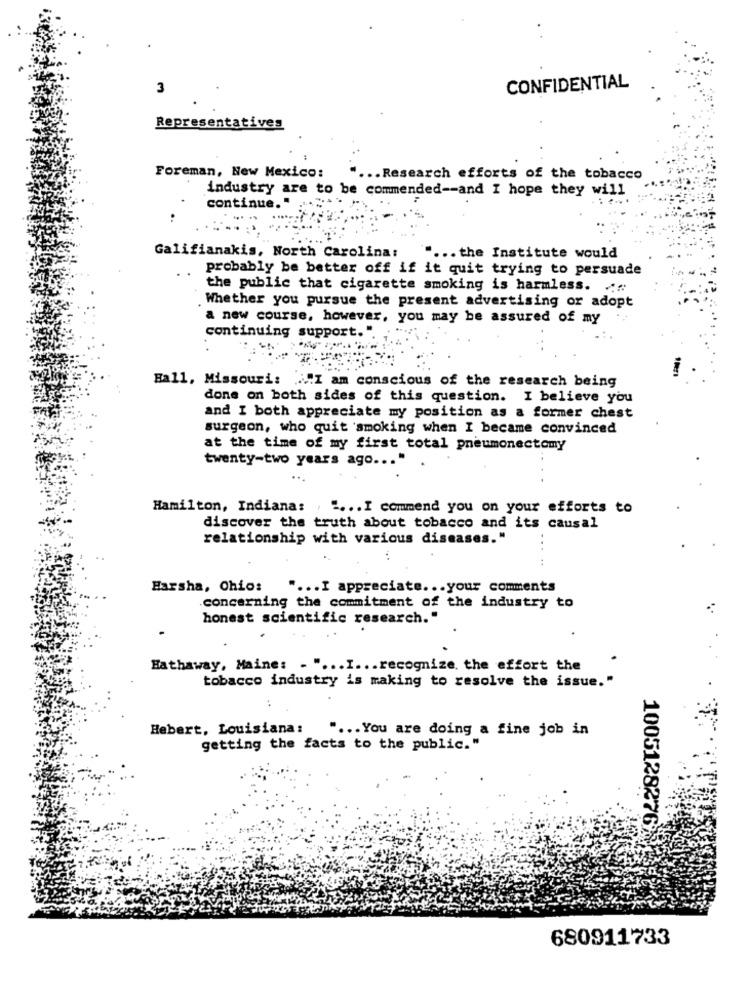
3
CONFIDENTIAL
Representatives
Foreman, New Mexico:
.. Research efforts of the tobacco
industry are to be commended -- and I hope they will
continue.
Galifianakis, North Carolina:
"" ... the Institute would
probably be better off if it quit trying to persuade
the public that cigarette smoking is harmless. ..
Whether you pursue the present advertising or adopt
a new course, however, you may be assured of my
continuing support.".
Ball, Missouri: "I am conscious of the research being
done on both sides of this question. I believe you
and I both appreciate my position as a former chest
surgeon, who quit smoking when I became convinced
at the time of my first total pneumonectomy
twenty-two years ago ... "
...
Hamilton, Indiana: , " ... I commend you on your efforts to
discover the truth about tobacco and its causal
relationship with various diseases."
.....
Harsha, Ohio:
.... I appreciate ... your comments
concerning the commitment of the industry to
honest scientific research."
Hathaway, Maine:
.I ... recognize, the effort the
tobacco industry is making to resolve the issue."
Hebert, Louisiana:
" ... You are doing a fine job in
getting the facts to the public."
10051282767
680911733